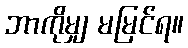
ဘာကိုမျှ မမြင်ရ။